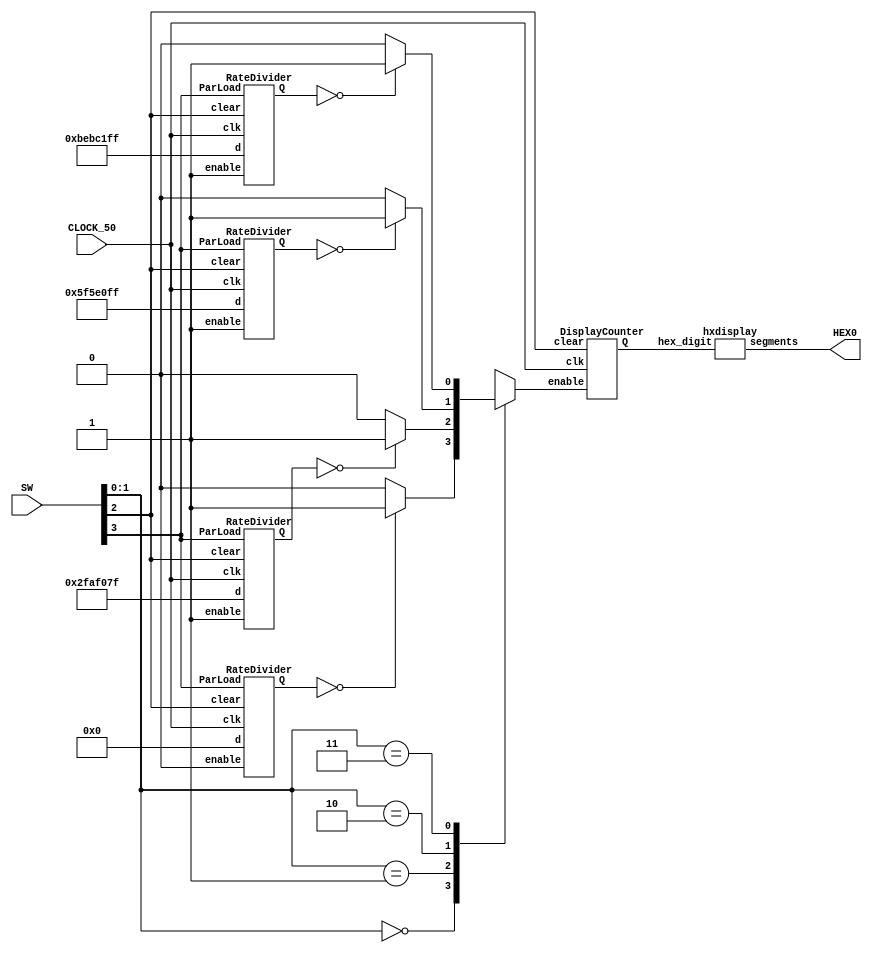
`timescale 1ns / 1ns

module FlashCounter(SW, HEX0, CLOCK_50);
	input [3:0] SW;
	output [6:0] HEX0;
	input CLOCK_50;
	wire [27:0] rd0_out, rd1_out, rd2_out, rd3_out;
	reg Enable;
	wire [3:0] dc0_out;
	
	RateDivider rd00(CLOCK_50, rd0_out, SW[2], 1'b0, 28'b0000000000000000000000000000, SW[3]);
	RateDivider rd01(CLOCK_50, rd1_out, SW[2], 1'b1, 28'b0010111110101111000001111111, SW[3]);
	RateDivider rd10(CLOCK_50, rd2_out, SW[2], 1'b1, 28'b0101111101011110000011111111, SW[3]);
	RateDivider rd11(CLOCK_50, rd3_out, SW[2], 1'b1, 28'b1011111010111100000111111111, SW[3]);
	//RateDivider rd11(CLOCK_50, rd3_out, SW[2], 1'b1, 28'b0000000000000000000000000001, SW[3]);
	
	always @(*)
	begin
		case(SW[1:0])
			2'b00: Enable = (rd0_out == 28'b0000000000000000000000000000) ? 1'b1 : 1'b0;
			2'b01: Enable = (rd1_out == 28'b0000000000000000000000000000) ? 1'b1 : 1'b0;
			2'b10: Enable = (rd2_out == 28'b0000000000000000000000000000) ? 1'b1 : 1'b0;
			2'b11: Enable = (rd3_out == 28'b0000000000000000000000000000) ? 1'b1 : 1'b0;
			default: Enable = 1'b0;
		endcase
	end
	
	DisplayCounter dc0(CLOCK_50, dc0_out, SW[2], Enable);
	hxdisplay hx0(dc0_out, HEX0);
endmodule

module RateDivider(clk, Q, clear, enable, d, ParLoad);
	input clk, enable, clear, ParLoad;
	input [27:0] d;
	output [27:0] Q;
	reg [27:0] Q;
	always @(posedge clk)
	begin
		if(clear == 1'b0)
			Q <= 0;
		else if(ParLoad == 1'b1)
			Q <= d;
		else if(Q == 28'b0000000000000000000000000000)
			Q <= d;
		else if(enable == 1'b1)
			Q <= Q - 1'b1;
		else if(enable == 1'b0)
			Q <= Q;
	end
endmodule

module DisplayCounter(clk, Q, clear, enable);
	input clk, enable, clear;
	output [3:0] Q;
	reg [3:0] Q;
	always @(posedge clk)
	begin
		if(clear == 1'b0)
			Q <= 0;
		else if(enable == 1'b1)
			Q <= Q + 1'b1;
		else if(enable == 1'b0)
			Q <= Q;
	end
endmodule

module hxdisplay(hex_digit, segments);
    input [3:0] hex_digit;
    output reg [6:0] segments;
   
    always @(*)
        case (hex_digit)
            4'h0: segments = 7'b100_0000;
            4'h1: segments = 7'b111_1001;
            4'h2: segments = 7'b010_0100;
            4'h3: segments = 7'b011_0000;
            4'h4: segments = 7'b001_1001;
            4'h5: segments = 7'b001_0010;
            4'h6: segments = 7'b000_0010;
            4'h7: segments = 7'b111_1000;
            4'h8: segments = 7'b000_0000;
            4'h9: segments = 7'b001_1000;
            4'hA: segments = 7'b000_1000;
            4'hB: segments = 7'b000_0011;
            4'hC: segments = 7'b100_0110;
            4'hD: segments = 7'b010_0001;
            4'hE: segments = 7'b000_0110;
            4'hF: segments = 7'b000_1110;   
            default: segments = 7'h7f;
        endcase
endmodule